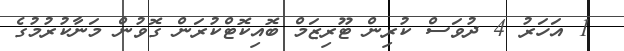
1 އަހަރު 4 ދުވަސް ކުރިން ޓޫރިޒަމް ބޮއިކޮޓްކުރަން ގޮވުން މަނާކުރުމުގެ